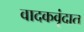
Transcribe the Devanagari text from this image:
वादकवृंदात